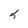
Character: 5